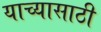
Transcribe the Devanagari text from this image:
याच्यासाठी